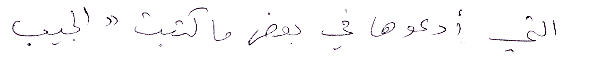
التي أدعوها في بعض ما كتبت "الجيب